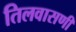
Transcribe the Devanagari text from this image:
तिलवासणी